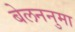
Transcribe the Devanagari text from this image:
बेलननुमा